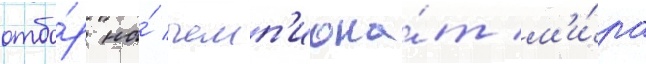
отбо́р на́ чемп'иона́т м'и́ра